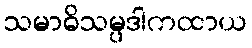
သမာဓိသမ္ပဒါကထာယ